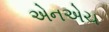
એનએચ